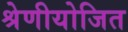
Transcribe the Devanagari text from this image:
श्रेणीयोजित